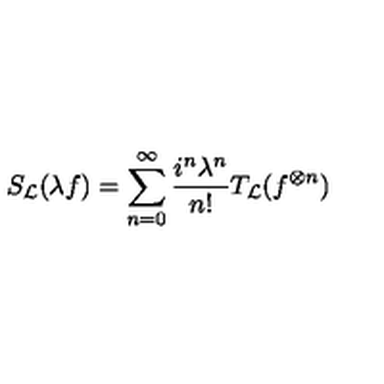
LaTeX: S _ { \cal L } ( \lambda f ) = \sum _ { n = 0 } ^ { \infty } \frac { i ^ { n } \lambda ^ { n } } { n ! } T _ { \cal L } ( f ^ { \otimes n } )